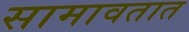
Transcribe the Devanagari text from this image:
सामावतात